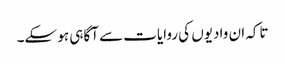
تاکہ ان وادیوں کی روایات سے آگاہی ہو سکے۔